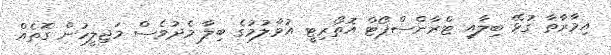
އިމާރާތާ ގުޅޭ ބިލާއި ޓްރާންސްޕޯޓް އޮތޯރިޓީ އުވާލުމުގެ ބިލާ މެދުވެސް މަޖިލީހުން ގޮތެއް